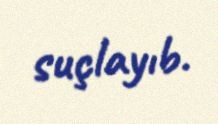
suçlayıb.